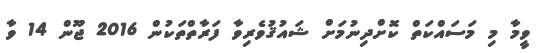
ވީމާ މި މަސައްކަތް ކޮށްދިނުމަށް ޝައުޤުވެރިވާ ފަރާތްތަކުން 2016 ޖޫން 14 ވާ